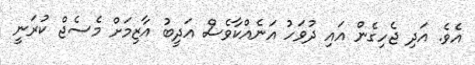
އެވެ. އަދި ޖެހިގެން އައި ދުވަހު އަނެއްކާވެސް އަދީބު އާޒިމަށް މެސެޖް ކުރަނީ